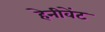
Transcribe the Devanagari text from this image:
हेनीवेंट